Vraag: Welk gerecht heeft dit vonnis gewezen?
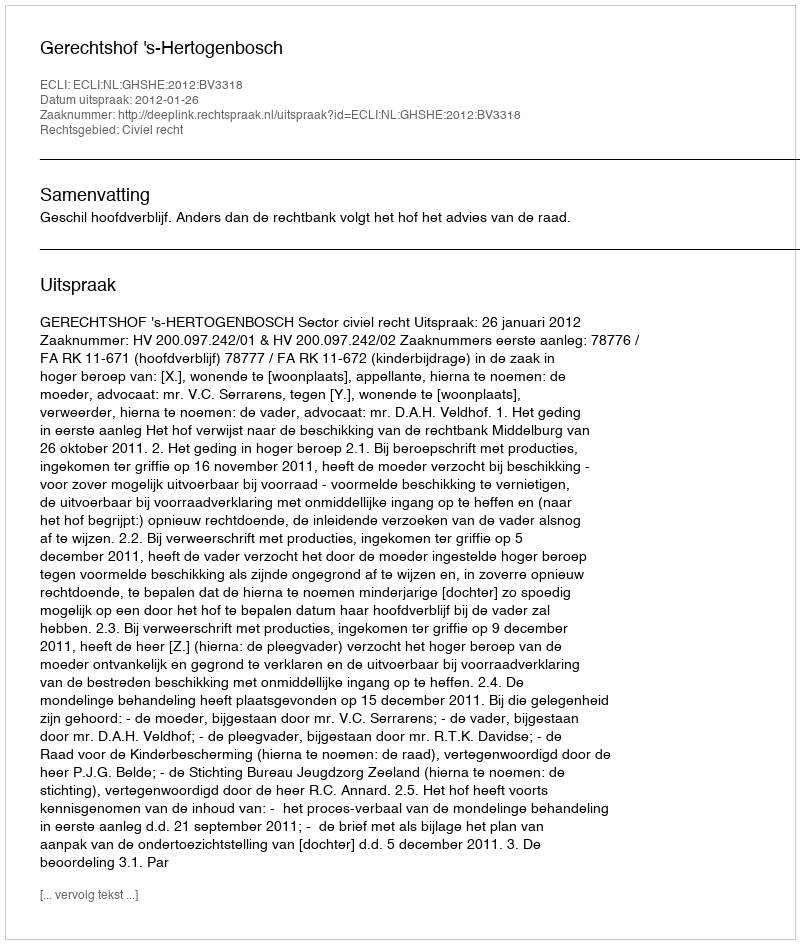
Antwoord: Gerechtshof 's-Hertogenbosch